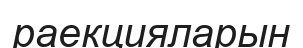
раекцияларын